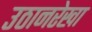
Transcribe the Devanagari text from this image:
उठानरेखा